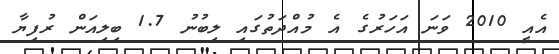
އެއީ 2010 ވަނަ އަހަރުގެ އެ މުއްދަތުގައި ލިބުނު 1.7 ބިލިއަން ރުފިޔާ